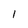
Character: l